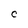
Character: C